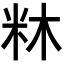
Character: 𭩼